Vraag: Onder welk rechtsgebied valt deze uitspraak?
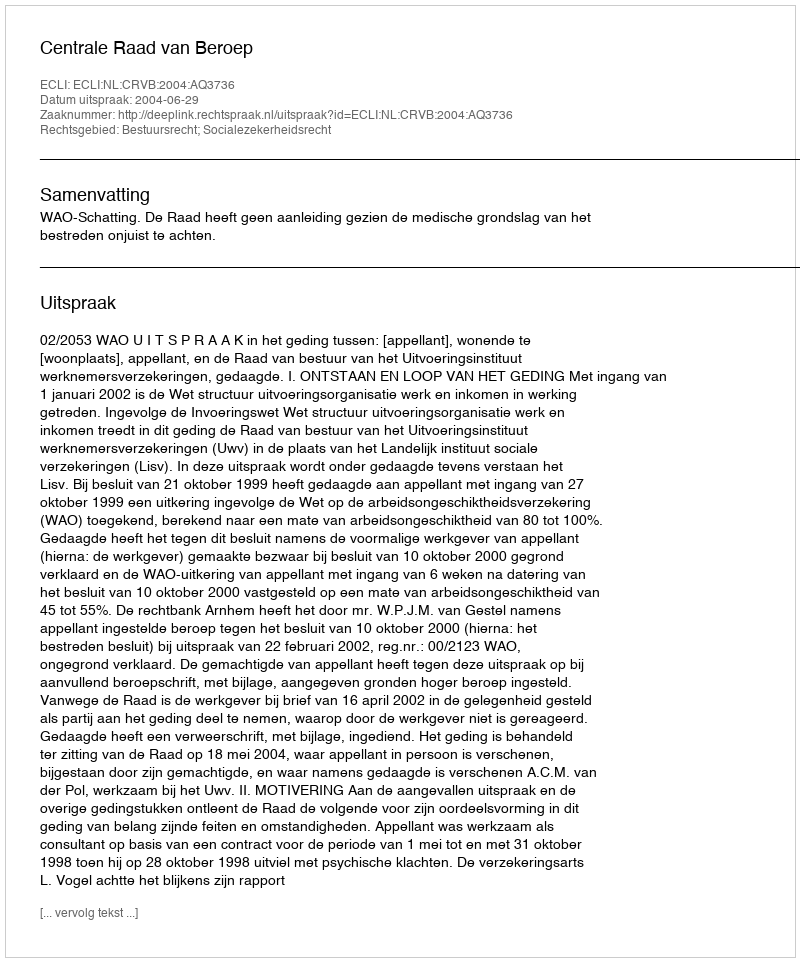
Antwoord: Bestuursrecht; Socialezekerheidsrecht